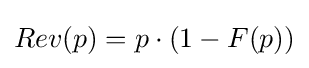
Rev(p)=p\cdot (1-F(p))